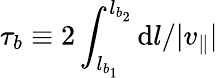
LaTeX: \tau_{b}\equiv 2\int_{l_{b_{1}}}^{l_{b_{2}}}\mathrm{d}l/|v_{\parallel}|